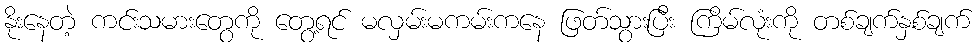
နိုးနေတဲ့ ကင်းသမားတွေကို တွေ့ရင် မလှမ်းမကမ်းကနေ ဖြတ်သွားပြီး ကြိမ်လုံးကို တစ်ချက်နှစ်ချက်